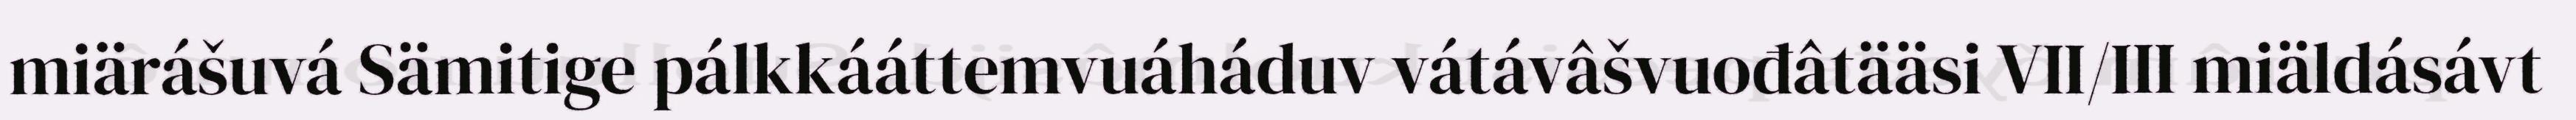
miärášuvá Sämitige pálkkááttemvuáháduv vátávâšvuođâtääsi VII/III miäldásávt